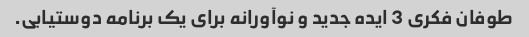
طوفان فکری 3 ایده جدید و نوآورانه برای یک برنامه دوستیابی.